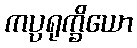
ကပ္ပရုက္ခိယော